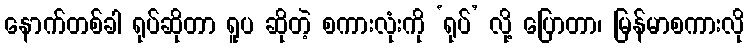
နောက်တစ်ခါ ရုပ်ဆိုတာ ရူပ ဆိုတဲ့ စကားလုံးကို ‘ရုပ်’ လို့ ပြောတာ၊ မြန်မာစကားလို